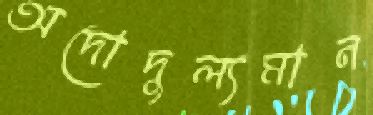
অদোদুল্যমান